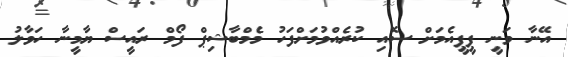
އޭނާ ވަނީ ޕީޕީއެމަށް ސޮއި ކުރެއްވުމަށްފަހު މެމްބާޝިޕް ފޯމް ރައީސް ޔާމީނާ ހަވާލު